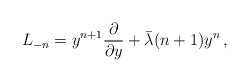
\begin{align*}L_{-n}=y^{n+1}{\partial\over \partial y} +\bar \lambda (n+1)y^n\,,\end{align*}